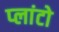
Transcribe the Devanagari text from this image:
प्‍लांटो